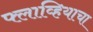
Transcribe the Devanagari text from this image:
फ्लाव्हियाचा